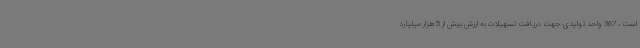
است ، 367 واحد تولیدی جهت دریافت تسهیلات به ارزش بیش از 5 هزار میلیارد